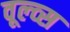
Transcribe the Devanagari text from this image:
वूल्व्स